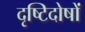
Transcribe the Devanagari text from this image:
दृष्टिदोषों